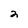
Character: 2